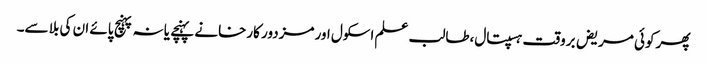
پھر کوئی مریض بروقت ہسپتال،طالب علم اسکول اور مزدور کارخانے پہنچے یا نہ پہنچ پائے ان کی بلا سے۔